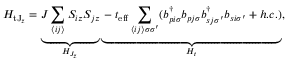
H _ { \mathrm { t J } _ { z } } = \underbrace { J \sum _ { \langle i j \rangle } S _ { i z } S _ { j z } } _ { H _ { J _ { z } } } \underbrace { - t _ { \mathrm { e f f } } \sum _ { \langle i j \rangle \sigma \sigma ^ { \prime } } ( b _ { p i \sigma } ^ { \dagger } b _ { p j \sigma } b _ { s j \sigma ^ { \prime } } ^ { \dagger } b _ { s i \sigma ^ { \prime } } + h . c . ) } _ { H _ { t } } ,